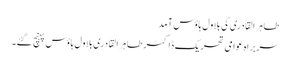
طاہر القادری کی بلاول ہاؤس آمد
سربراہ عوامی تحریک ڈاکٹر طاہر القادری بلاول ہاؤس پہنچ گئے۔